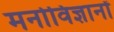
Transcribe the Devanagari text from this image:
मनोविज्ञानों